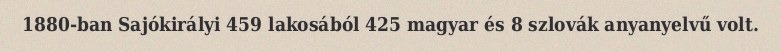
1880-ban Sajókirályi 459 lakosából 425 magyar és 8 szlovák anyanyelvű volt.